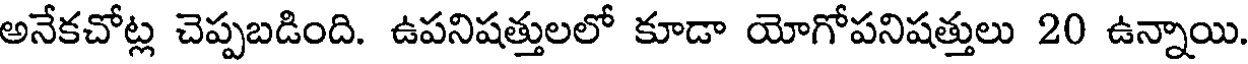
అనేకచోట్ల చెప్పబడింది. ఉపనిషత్తులలో కూడా యోగోపనిషత్తులు 20 ఉన్నాయి.